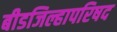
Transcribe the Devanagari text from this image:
बीडजिल्हापरिषद